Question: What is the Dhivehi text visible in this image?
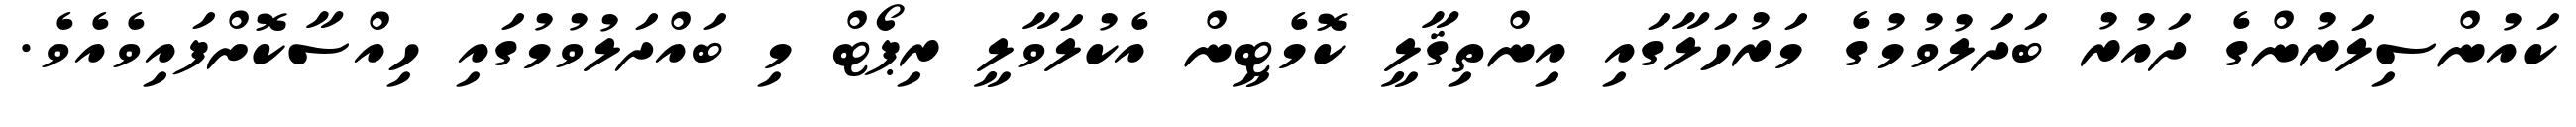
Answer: ކައުންސިލަރުންގެ ދައުރު ބަދަލުވުމުގެ މަރުހަލާގައި އިންތިޤާލީ ކޮމެޓީން އެކުލަވާލީ ރިޕޯޓް މި ބައްދަލުވުމުގައި ހިއްސާކޮށްފައިވެއެވެ.